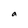
Character: a